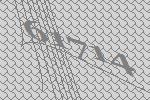
61714